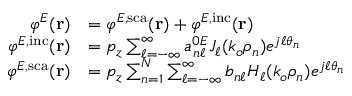
\begin{array} { r l } { \varphi ^ { E } ( \mathbf { r } ) } & { = \varphi ^ { E , \mathrm { s c a } } ( \mathbf { r } ) + \varphi ^ { E , \mathrm { i n c } } ( \mathbf { r } ) } \\ { \varphi ^ { E , \mathrm { i n c } } ( \mathbf { r } ) } & { = p _ { z } \sum _ { \ell = - \infty } ^ { \infty } a _ { n \ell } ^ { 0 E } J _ { \ell } ( k _ { o } \rho _ { n } ) e ^ { j \ell \theta _ { n } } } \\ { \varphi ^ { E , \mathrm { s c a } } ( \mathbf { r } ) } & { = p _ { z } \sum _ { n = 1 } ^ { N } \sum _ { \ell = - \infty } ^ { \infty } b _ { n \ell } H _ { \ell } ( k _ { o } \rho _ { n } ) e ^ { j \ell \theta _ { n } } } \end{array}